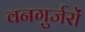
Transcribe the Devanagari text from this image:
वनगुर्जरों